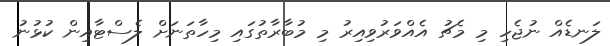
ލަނޑެއް ނުޖެހި މި މެޗު އެއްވަރުވިއިރު މި މުބާރާތުގައި މިހާތަނަށް ލެސްޓާއިން ކުޅުނު